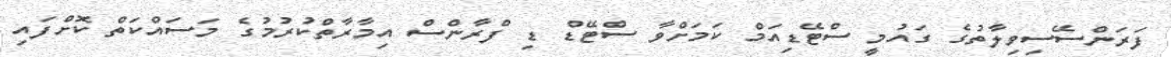
ފަރަންސޭސިވިލާތުގެ ގައުމީ ސްޓޭޑިއަމް ކަމަށްވާ ސްޓޭޑް ޑި ފްރާންސް އިމާރާތްކުރުމުގެ މަސައްކަތް ކޮށްފައި